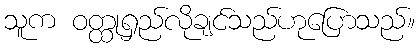
သူက ဝတ္ထုရှည်လိုချင်သည်ဟုပြောသည်။